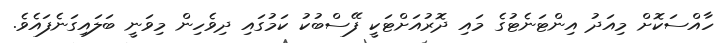
ހާއްސަކޮށް މިއަދު އިންޓަނެޓުގެ މައި ދޮރުއަށްޓަކީ ފޭސްބުކު ކަމުގައި ދިވެހިން މިވަނީ ބަލައިގަނެފައެވެ.